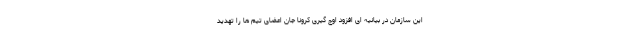
این سازمان در بیانیه ای افزود اوج گیری کرونا جان اعضای تیم ها را تهدید